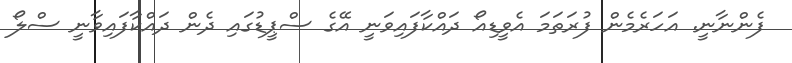
ފެންނާނީ. އަހަރެމެން ފުރަތަމަ އެވީޑިއޯ ދައްކާފައިވަނީ އޭގެ ސްޕީޑުގައި ދެން ދައްކާފައިވާނީ ސްލޯ